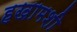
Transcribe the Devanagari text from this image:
हखामशी